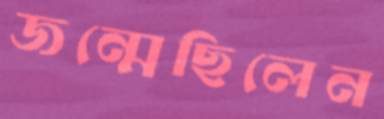
জন্মেছিলেন